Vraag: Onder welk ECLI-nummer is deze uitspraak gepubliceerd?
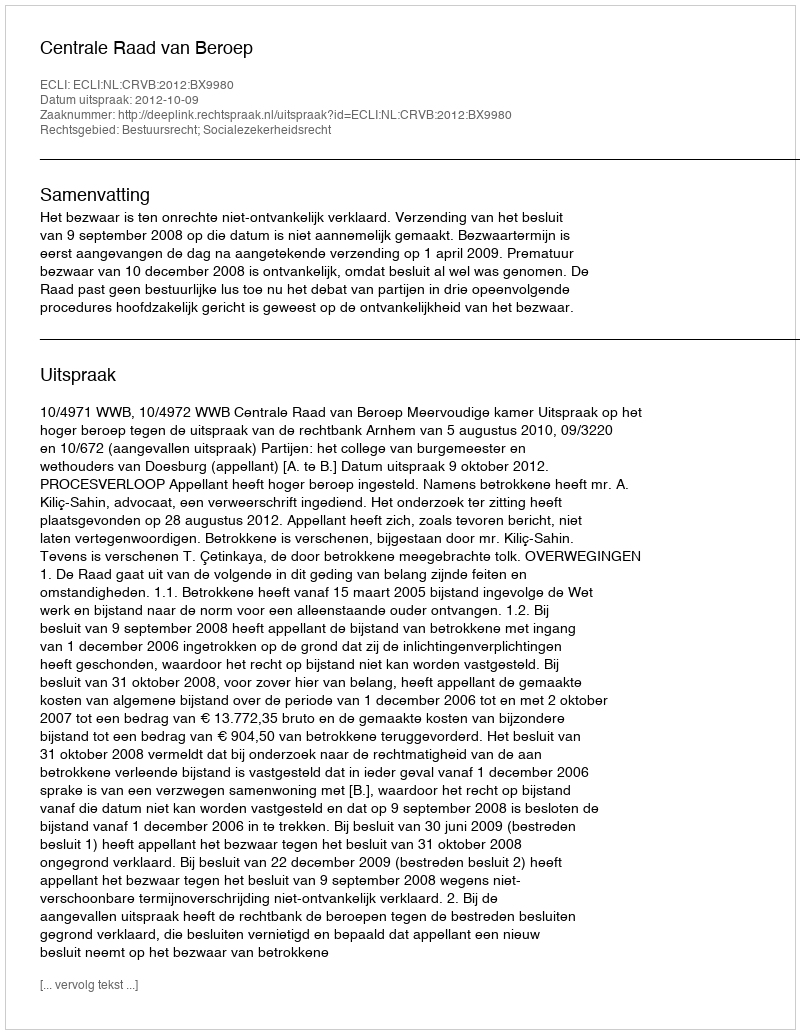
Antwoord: ECLI:NL:CRVB:2012:BX9980